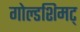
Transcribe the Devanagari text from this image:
गोल्डशिमट्